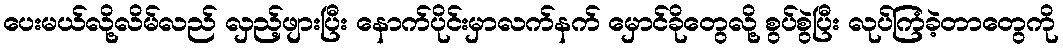
ပေးမယ်လို့လိမ်လည် လှည့်ဖျားပြီး နောက်ပိုင်းမှာလက်နက် မှောင်ခိုတွေလို့ စွပ်စွဲပြီး လုပ်ကြံခဲ့တာတွေကို